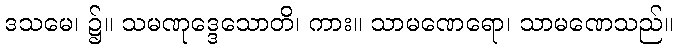
ဒသမေ၊ ၌။ သမဏုဒ္ဒေသောတိ၊ ကား။ သာမဏေရော၊ သာမဏေသည်။